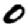
Digit: 0